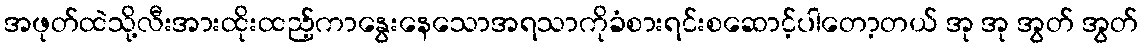
အဖုတ်ထဲသို့လီးအားထိုးထည့်ကာနွေးနေသောအရသာကိုခံစားရင်းစဆောင့်ပါတော့တယ် အု အု အွတ် အွတ်